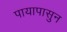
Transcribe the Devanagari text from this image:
पायापासुन